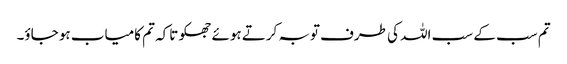
تم سب کے سب اللہ کی طرف توبہ کرتے ہوئے جھکو تاکہ تم کامیاب ہو جاؤ۔